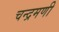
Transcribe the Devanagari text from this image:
चन्द्रमणी